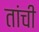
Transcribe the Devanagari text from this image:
तांची